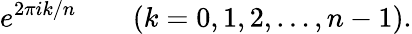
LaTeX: e^{2\pi ik/n}\qquad(k=0,1,2,\dots,n-1).